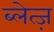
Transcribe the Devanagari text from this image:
ब्लेत्ज़